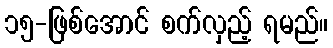
၁၅-ဖြစ်အောင် စက်လှည့် ရမည်။